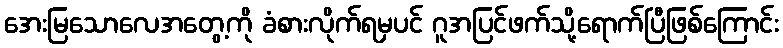
အေးမြသောလေအတွေ့ကို ခံစားလိုက်ရမှပင် ဂူအပြင်ဖက်သို့ရောက်ပြီဖြစ်ကြောင်း